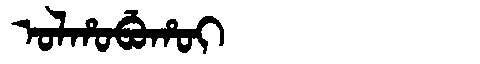
Manchu: ᠣᠯᡥᠣᠪᡠᡥᠣᡳ
Romanization: OLHOBUHOI